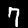
Digit: 7